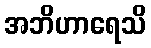
အဘိဟာရေသိ